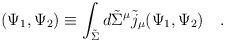
LaTeX: \begin{align*}(\Psi_1,\Psi_2)\equiv\int_{\tilde{\Sigma}} d\tilde{\Sigma}^\mu \tilde{j}_\mu(\Psi_1,\Psi_2)~~~.\end{align*}